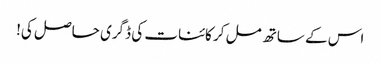
اس کے ساتھ مل کر کائنات کی ڈگری حاصل کی!